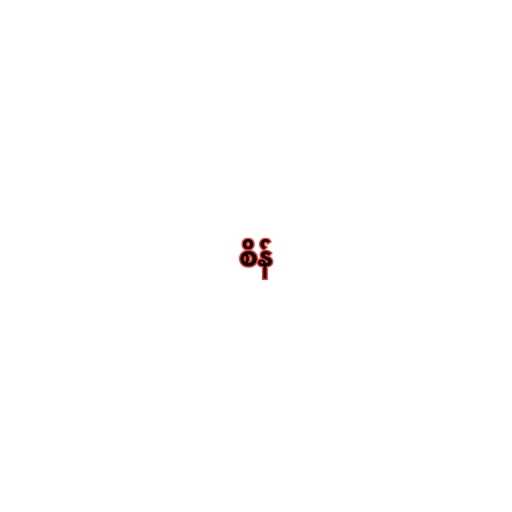
စိန်